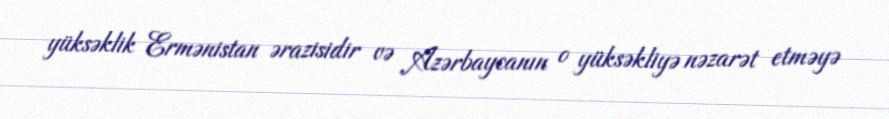
yüksəklik Ermənistan ərazisidir və Azərbaycanın o yüksəkliyə nəzarət etməyə